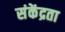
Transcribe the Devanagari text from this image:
संकेंद्रता